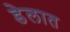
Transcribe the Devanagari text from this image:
डेलात